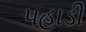
પહાડી